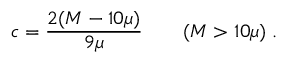
c = { \frac { 2 ( M - 1 0 \mu ) } { 9 \mu } } \qquad ( M > 1 0 \mu ) \; .